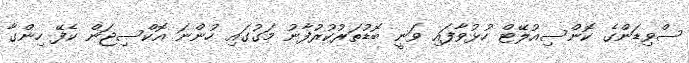
ސްވިޑަންގެ ކޮންސިއުލޭޓް ހުޅުވާފައި ވަނީ ބޮޑުތަރުކުރުފާނު މަގުގައި ހުންނަ އޮކްސިޖަން ކެފޭ ހިންގާ